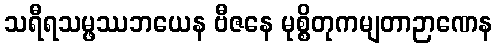
သရီရသမ္ဖဿဘယေန ဗီဇနေ မုစ္စိတုကမျတာဉာဏေန